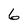
Character: 6